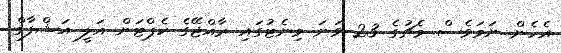
އެެހެން ނަމަވެސް މެޗުގެ 23 ވަނަ މިނެޓުގައި ރާއްޖޭގެ ކެޕްޓަން އަލީ އަޝްފާގް